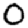
Digit: 0